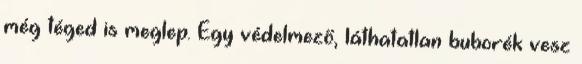
még téged is meglep. Egy védelmező, láthatatlan buborék vesz